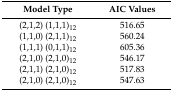
<table><thead><tr><td><b>Model Type</b></td><td><b>AIC Values</b></td></tr></thead><tbody><tr><td>(2,1,2) (1,1,1)<sub>12</sub></td><td>516.65</td></tr><tr><td>(1,1,0) (2,1,1)<sub>12</sub></td><td>560.24</td></tr><tr><td>(1,1,1) (0,1,1)<sub>12</sub></td><td>605.36</td></tr><tr><td>(2,1,0) (2,1,0)<sub>12</sub></td><td>546.17</td></tr><tr><td>(2,1,1) (2,1,0)<sub>12</sub></td><td>517.83</td></tr><tr><td>(2,1,0) (2,1,0)<sub>12</sub></td><td>547.63</td></tr></tbody></table>